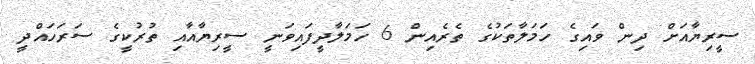
ސީރިޔާއަށް ދިން ވައިގެ ހަމަލާތަކުގެ ތެރެއިން 6 ހަމަލާދީފައިވަނީ ސީރިޔާއާއި ތުރުކީގެ ސަރަހައްދީ